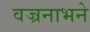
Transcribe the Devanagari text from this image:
वज्रनाभने